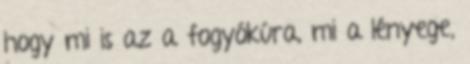
hogy mi is az a fogyókúra, mi a lényege,